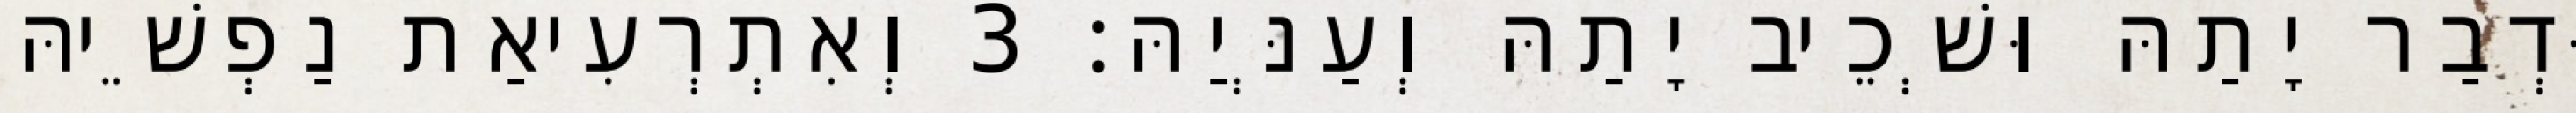
וּדְבַר יָתַהּ וּשְׁכֵיב יָתַהּ וְעַנְּיַהּ׃ 3 וְאִתְרְעִיאַת נַפְשֵׁיהּ